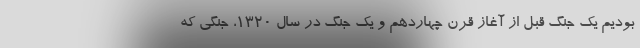
بودیم یک جنگ قبل از آغاز قرن چهاردهم و یک جنگ در سال ۱۳۲۰، جنگی که